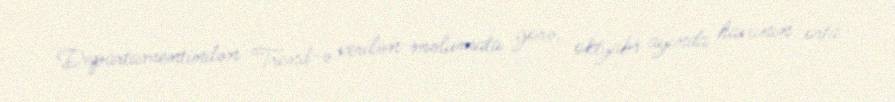
Departamentindən Trend-ə verilən məlumata görə, oktyabr ayında havanın orta